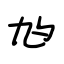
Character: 尥